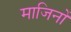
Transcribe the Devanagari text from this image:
माजिनों